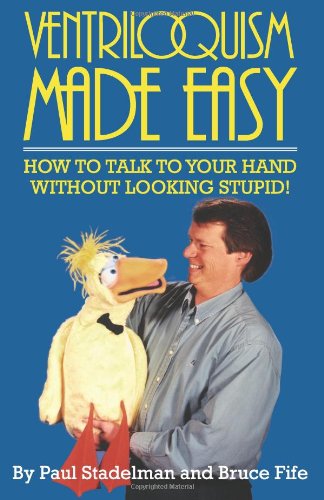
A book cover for Ventriloquism Made Easy: How to Talk to Your Hand Without Looking Stupid! Second Edition; Paul Stadelman; Humor & Entertainment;